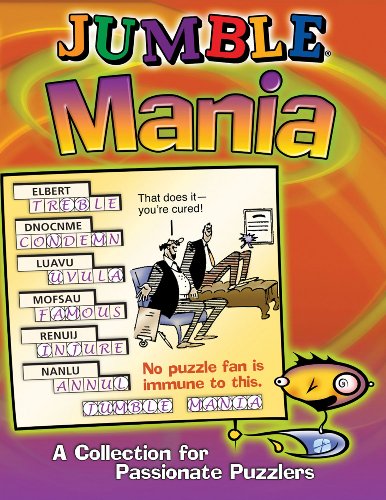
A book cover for JumbleÂ® Mania: A Collection for Passionate Puzzlers (JumblesÂ®); Tribune Media Services; Humor & Entertainment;